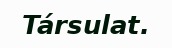
Társulat.